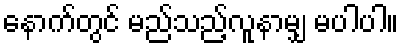
နောက်တွင် မည်သည့်လူနာမျှ မပါပါ။